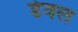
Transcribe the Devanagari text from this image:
डेवल